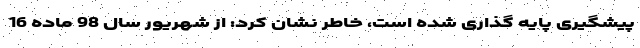
پیشگیری پایه گذاری شده است، خاطر نشان کرد: از شهریور سال 98 ماده 16